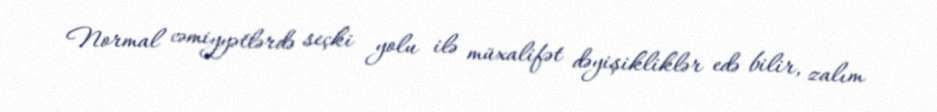
Normal cəmiyyətlərdə seçki yolu ilə müxalifət dəyişikliklər edə bilir, zalım